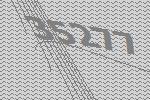
35277